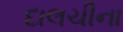
દાલચીના